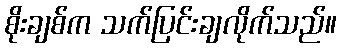
စိုးချစ်က သက်ပြင်းချလိုက်သည်။